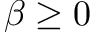
\beta \ge 0